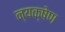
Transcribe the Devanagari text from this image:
न्यक्षेण